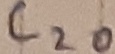
Text: C20